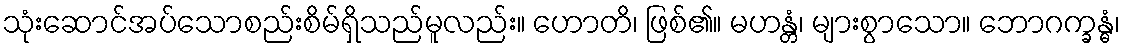
သုံးဆောင်အပ်သောစည်းစိမ်ရှိသည်မူလည်း။ ဟောတိ၊ ဖြစ်၏။ မဟန္တံ၊ များစွာသော။ ဘောဂက္ခန္ဓံ၊